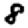
Digit: 8